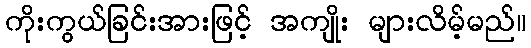
ကိုးကွယ်ခြင်းအားဖြင့် အကျိုး များလိမ့်မည်။